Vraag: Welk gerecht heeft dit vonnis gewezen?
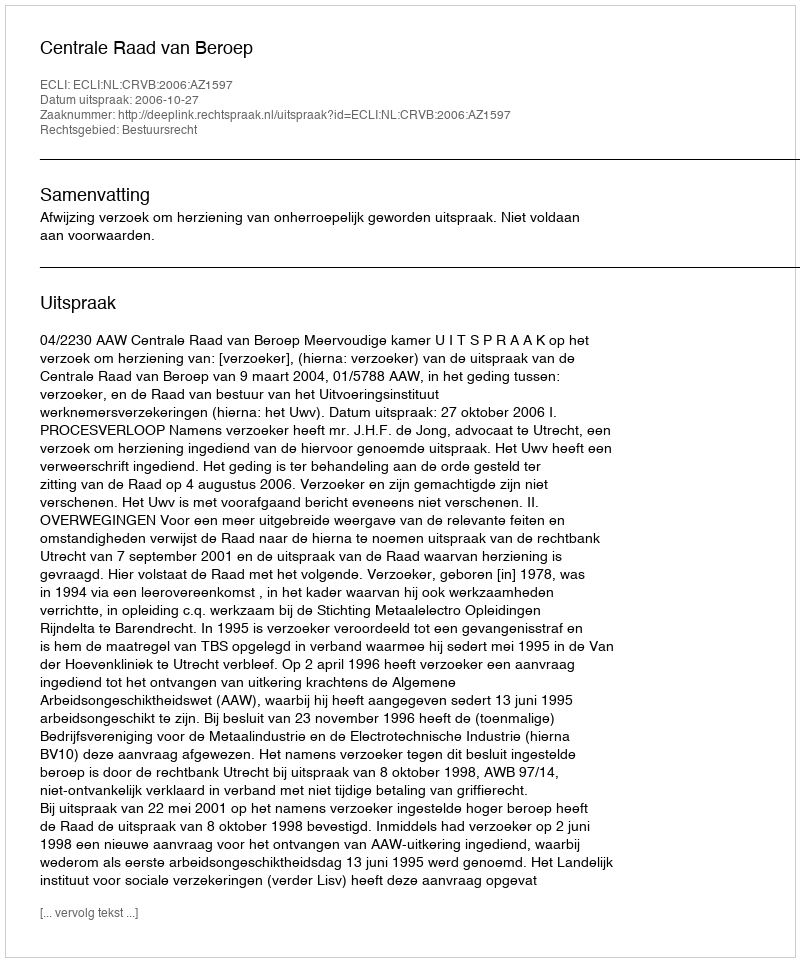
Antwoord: Centrale Raad van Beroep